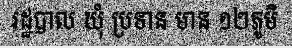
រដ្ឋបាល ឃុំ ប្រទាន មាន ១២ភូមិ